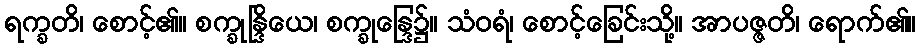
ရက္ခတိ၊ စောင့်၏။ စက္ခုန္ဒြိယေ၊ စက္ခုန္ဒြေ၌။ သံဝရံ၊ စောင့်ခြေင်းသို့။ အာပဇ္ဇတိ၊ ရောက်၏။